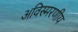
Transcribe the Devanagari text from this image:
अविस्‍मरणीय